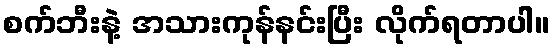
စက်ဘီးနဲ့ အသားကုန်နင်းပြီး လိုက်ရတာပါ။